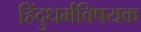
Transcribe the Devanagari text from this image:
हिंदुधर्मविषयक